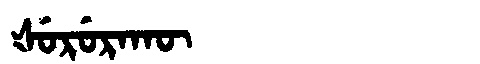
Manchu: ᡧᡠᡵᡠᡵᠠᡴᡡ
Romanization: ŠURURAKŪ